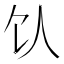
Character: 𬲦